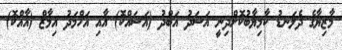
މާޒިޔާގެ ދެލަނޑު ކާމިޔާބުކޮށްދިނީ އަސަދު އަބްދު (އަސައްކޮ) އާއި އަހްމަދު އިމާޒް (އާއްކޮ)